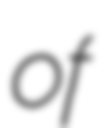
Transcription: of